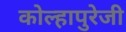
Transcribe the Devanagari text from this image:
कोल्हापुरेजी